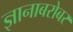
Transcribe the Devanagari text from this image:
ज्ञानाबरोबर